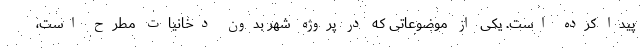
پیدا کرده است. یکی از موضوعاتی که در پروژه شهر بدون دخانیات مطرح است،